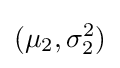
(\mu _{2},\sigma _{2}^{2})